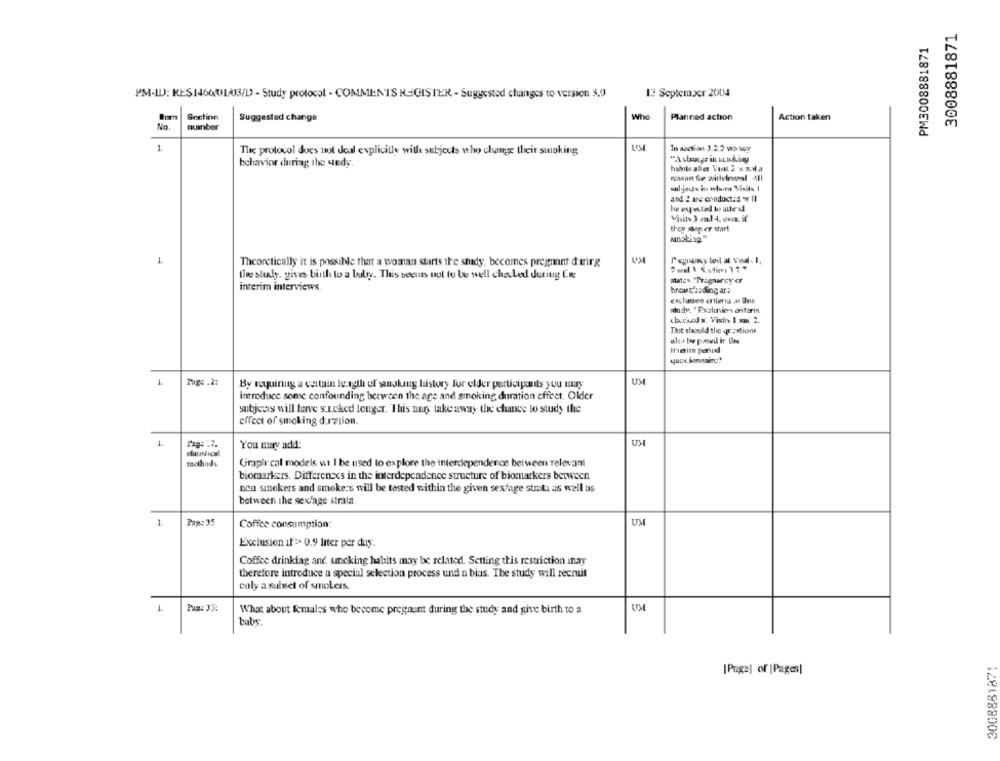
3008881871
PM3008881871
13 September 2004
PM-ILJ; RES1460013/D - Study protocol - COMMENTS REGISTER - Suggested changes to version 3,0
Snctinn
Who
Suggested change
Planned action
Action taken
No
number
1
The protocol does not deal explicitly with subjects who change their smoking
In section 3.2.2 wo soy
behavior during the sedy
and 2 are conduct: 4 11
Visits 3 sal 4, ove if
they super start
1
Theoretically it is possible that a woman starts the study, becomes pregnant dering
twee study, gives birth to a lubry. This seems uut to be well chaled during C.m.
states "Pragnarcy er
interim interviews
brent's: ding ar:
audy. "Escalunici oritarin
based . Visits 1 x 2.
Tout should the Je zations
meim period
questionnaire?
UM
1
Tuge .2:
By requiring a cartain length of songkang history for elder participants you ury
introduce some confounding between the age and smoking duration effect. Older
subjects will have s.Lcked lenger. This nagy take away the chance to study the
effect of smoking d.rztion.
1
Tags :7.
You may add:
methods
Graphical models wi I be used to explore the interdependence between relevant
biomarkers. Differences in the interdependence structure of biomarkers between
non smokers and smokers will be tested within the given sexfage stotu as well as
between the sexlage strata
1
Pag: 35
Coffee consumption:
UM
Exclusion if => 0.9 liter per duy.
Coffee drinking and smoking habits may be related. Setting this restriction may
therefore introduce a special selection process und a bias. The study will recruit
only a subset of smokers
1
What about females who become pregnant during the study and give birth to a
UM
babs.
3008881871
[Page] of |Pages|